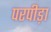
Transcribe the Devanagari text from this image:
परपीड़ा